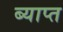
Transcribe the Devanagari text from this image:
ब्याप्त